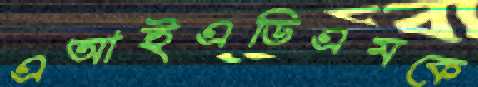
এআইএডিএমকে